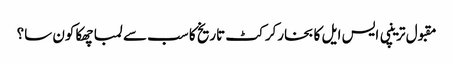
مقبول ترینپی ایس ایل کا بخارکرکٹ تاریخ کا سب سے لمبا چھکا کون سا؟